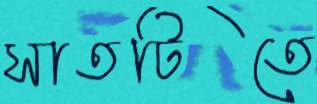
সাতটিতে